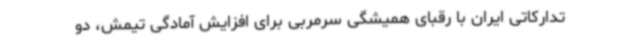
تدارکاتی ایران با رقبای همیشگی سرمربی برای افزایش آمادگی تیمش، دو